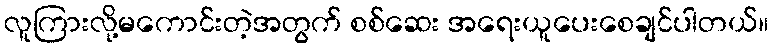
လူကြားလို့မကောင်းတဲ့အတွက် စစ်ဆေး အရေးယူပေးစေချင်ပါတယ်။